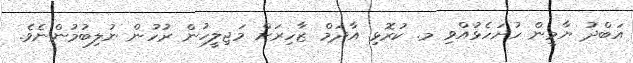
އަބްދު ޔާމީން ހުށަހެޅުއްވި މ. ކުރޮޅި އާދަމް ޒާހިރަށް މަޖިލީހުން ރުހުން ނުލިބުމުންނެވެ.